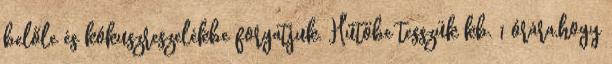
belőle és kókuszreszelékbe forgatjuk. Hűtőbe tesszük kb. 1 órára,hogy